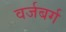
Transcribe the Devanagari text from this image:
वर्जबर्ग